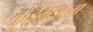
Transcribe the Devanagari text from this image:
कुर्डूगडाला